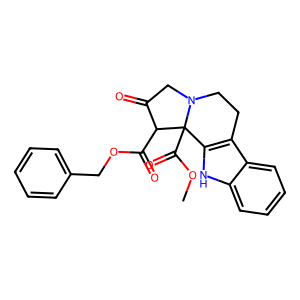
SMILES: COC(=O)C12c3[nH]c4ccccc4c3CCN1CC(=O)C2C(=O)OCc1ccccc1
Inhibits HIV replication: No